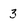
Character: 3